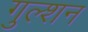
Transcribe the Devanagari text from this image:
गुल्शन